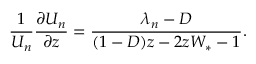
\frac { 1 } { U _ { n } } \frac { \partial U _ { n } } { \partial z } = \frac { \lambda _ { n } - D } { ( 1 - D ) z - 2 z W _ { * } - 1 } .